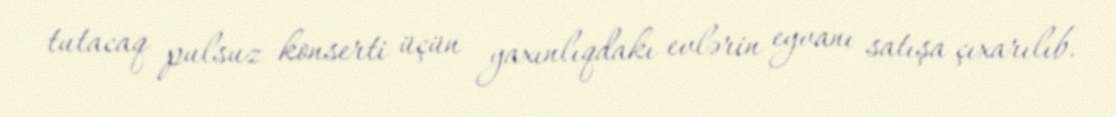
tutacaq pulsuz konserti üçün yaxınlıqdakı evlərin eyvanı satışa çıxarılıb.